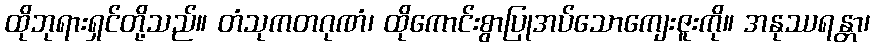
ထိုဘုရားရှင်တို့သည်။ တံသုကတဂုဏံ၊ ထိုကောင်းစွာပြုအပ်သောကျေးဇူးကို။ အနုဿရန္တာ၊